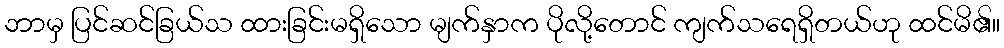
ဘာမှ ပြင်ဆင်ခြယ်သ ထားခြင်းမရှိသော မျက်နှာက ပိုလို့တောင် ကျက်သရေရှိတယ်ဟု ထင်မိ၏။